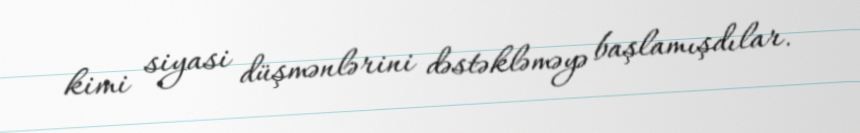
kimi siyasi düşmənlərini dəstəkləməyə başlamışdılar.